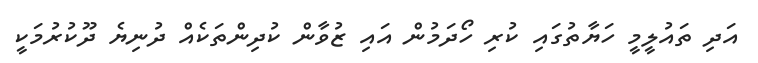
އަދި ތައުލީމީ ހަޔާތުގައި ކުރި ހޯދަމުން އައި ޒުވާން ކުދިންތަކެއް ދުނިޔެ ދޫކުރުމަކީ